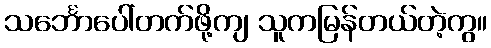
သင်္ဘောပေါ်တက်ဖို့ကျ သူကမြန်တယ်တဲ့ကွ။